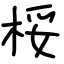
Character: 桵